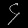
Digit: ၄